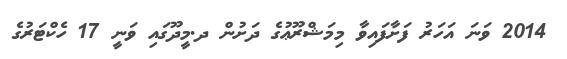
2014 ވަނަ އަހަރު ފަށާފައިވާ މިމަޝްރޫޢުގެ ދަށުން ދ.މީދޫގައި ވަނީ 17 ހެކްޓަރުގެ